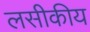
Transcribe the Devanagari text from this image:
लसीकीय